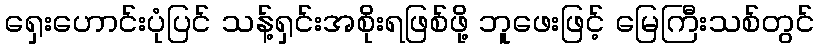
ရှေးဟောင်းပုံပြင် သန့်ရှင်းအစိုးရဖြစ်ဖို့ ဘူဖေးဖြင့် မြေကြီးသစ်တွင်